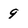
Character: 9